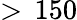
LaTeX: >\, 150